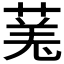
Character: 𫈯